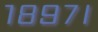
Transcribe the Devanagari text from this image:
१८९७।